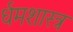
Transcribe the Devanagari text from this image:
र्धमशास्त्र